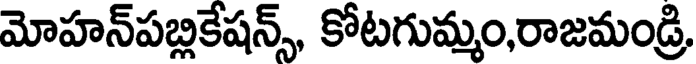
మోహన్పబ్లికేషన్స్, కోటగుమ్మం,రాజమండ్రి,